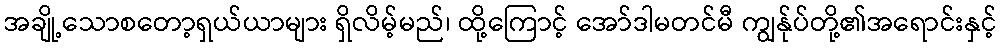
အချို့သောစတော့ရှယ်ယာများ ရှိလိမ့်မည်၊ ထို့ကြောင့် အော်ဒါမတင်မီ ကျွန်ုပ်တို့၏အရောင်းနှင့်